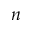
n